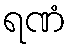
ရဏံ